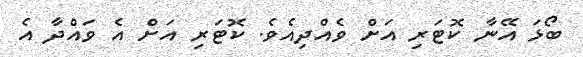
ބޯޅަ އޭނާ ކޮޓަރި އަށް ވެއްދިއެވެ. ކޮޓަރި އަށް އެ ވައްދާ އެ